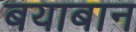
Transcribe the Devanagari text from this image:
बयाबान